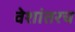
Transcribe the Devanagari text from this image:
वेशांतरच